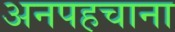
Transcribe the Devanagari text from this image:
अनपहचाना